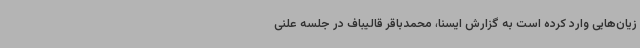
زیان‌هایی وارد کرده است به گزارش ایسنا، محمدباقر قالیباف در جلسه علنی